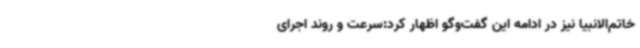
خاتم‌الانبیا نیز در ادامه این گفت‌وگو اظهار کرد:سرعت و روند اجرای